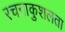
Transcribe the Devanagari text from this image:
रचनाकुशलता